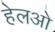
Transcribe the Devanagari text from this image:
हेलओ